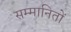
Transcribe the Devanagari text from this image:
सम्मानितों